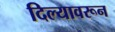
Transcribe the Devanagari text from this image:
दिल्यावरून